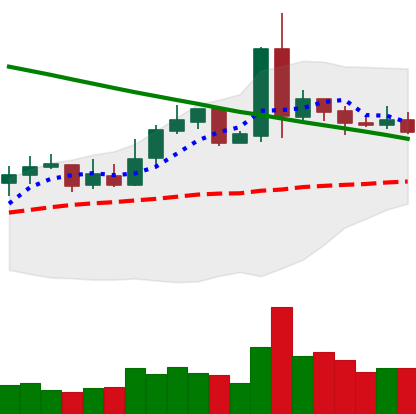
Ticker: NEO-USD
Chart end date: 2019-03-02
Forward return: 4.827%
Label: up_3_5